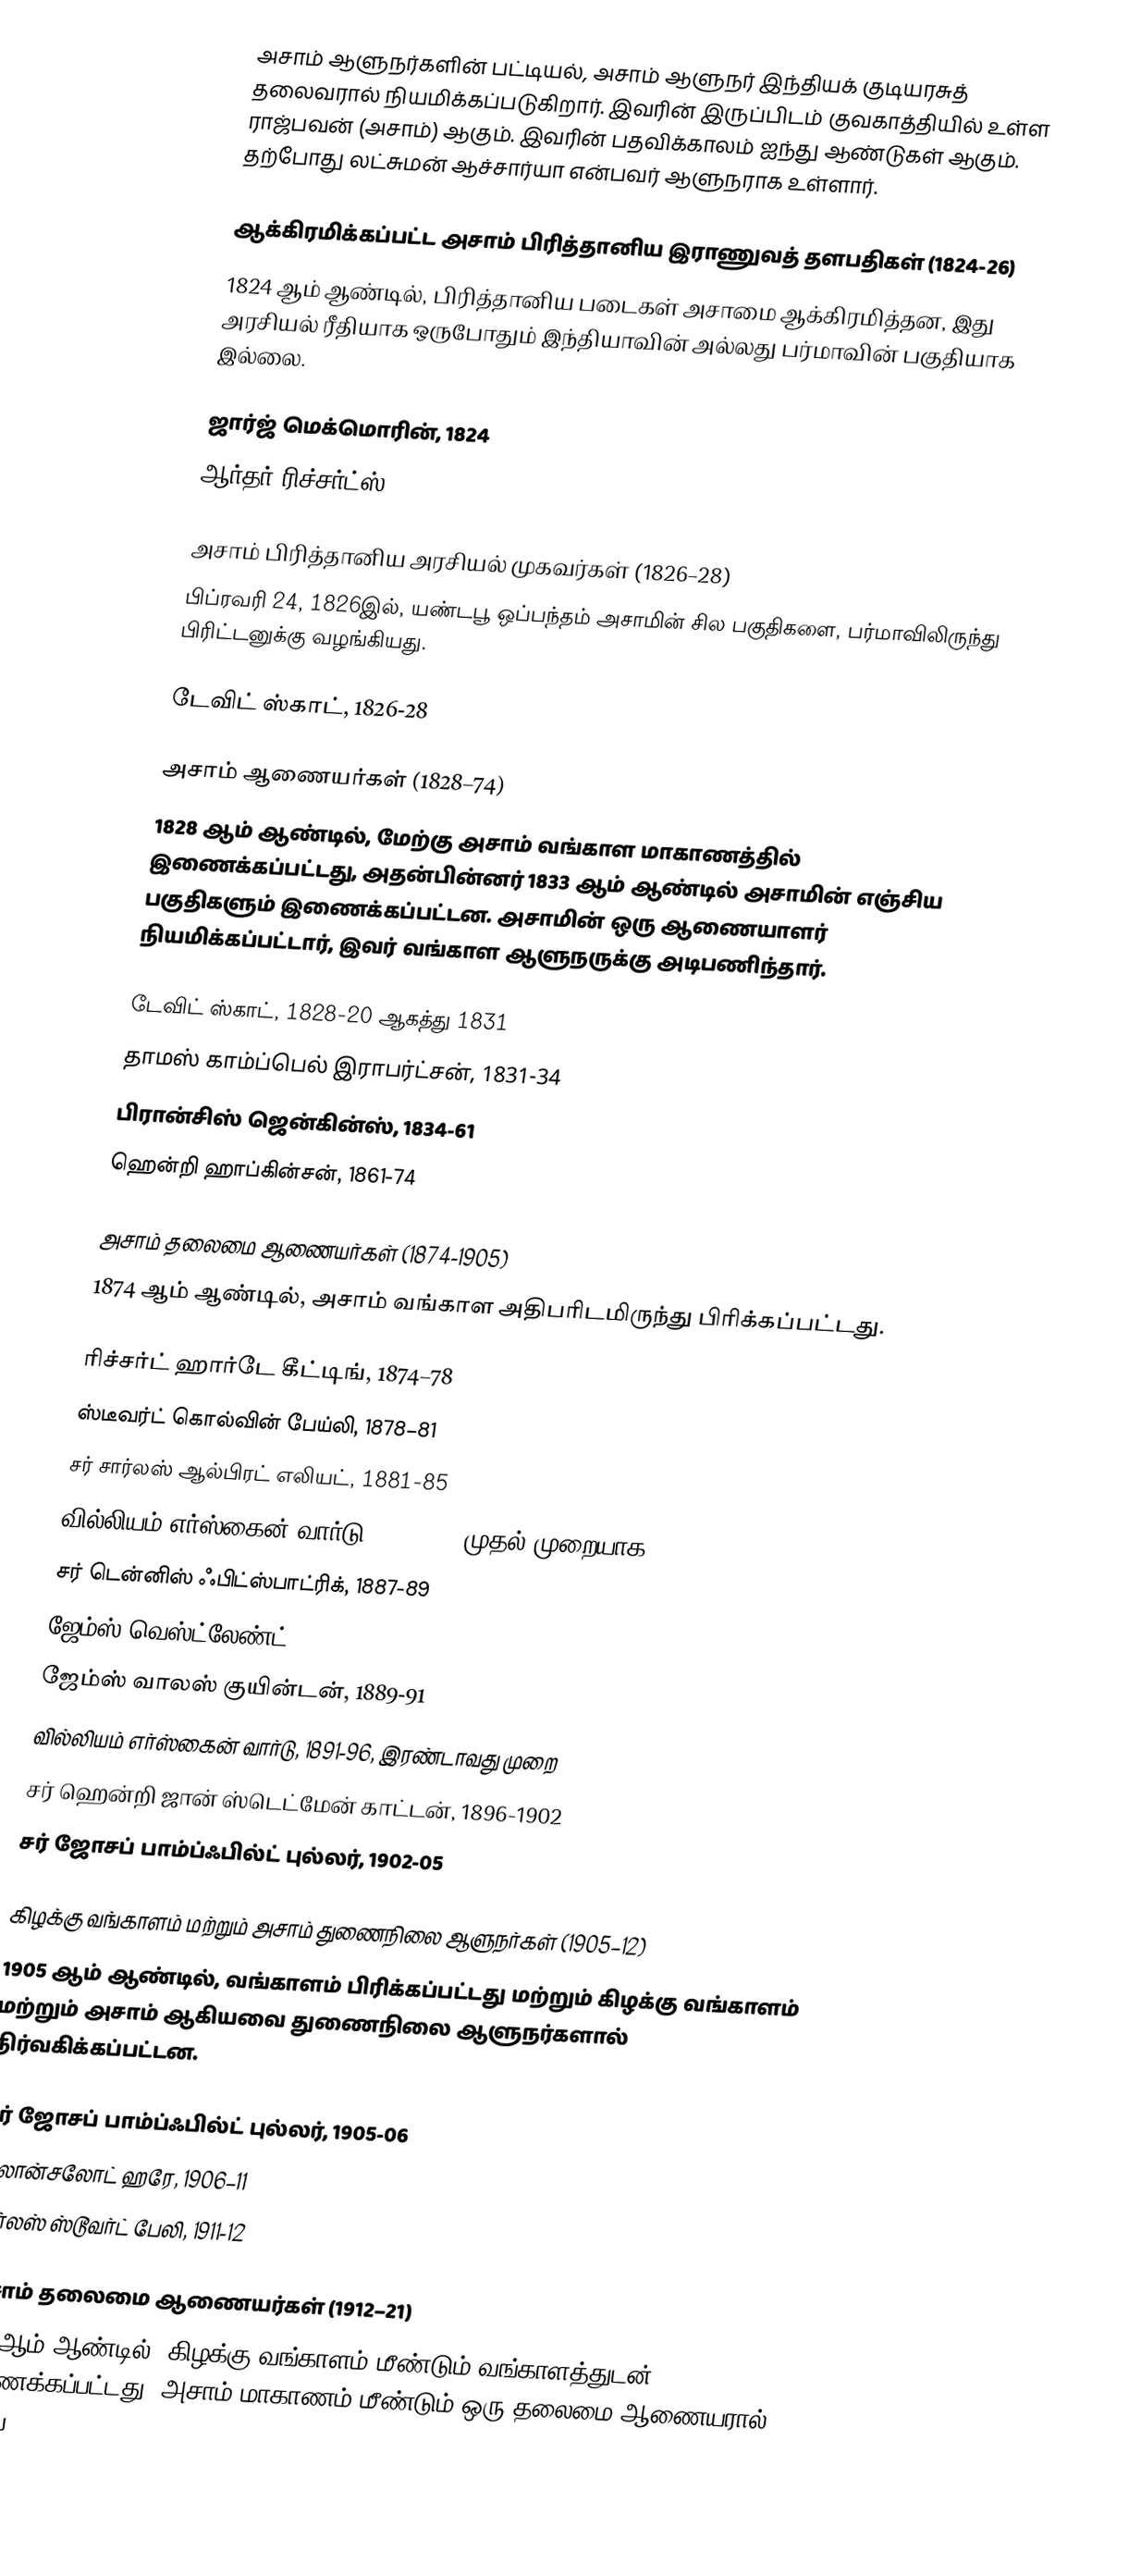
அசாம் ஆளுநர்களின் பட்டியல், அசாம் ஆளுநர் இந்தியக் குடியரசுத் தலைவரால் நியமிக்கப்படுகிறார். இவரின் இருப்பிடம் குவகாத்தியில் உள்ள ராஜ்பவன் (அசாம்) ஆகும். இவரின் பதவிக்காலம் ஐந்து ஆண்டுகள் ஆகும். தற்போது லட்சுமன் ஆச்சார்யா என்பவர் ஆளுநராக உள்ளார்.

ஆக்கிரமிக்கப்பட்ட அசாம் பிரித்தானிய இராணுவத் தளபதிகள் (1824-26)
1824 ஆம் ஆண்டில், பிரித்தானிய படைகள் அசாமை ஆக்கிரமித்தன, இது அரசியல் ரீதியாக ஒருபோதும் இந்தியாவின் அல்லது பர்மாவின் பகுதியாக இல்லை.

 ஜார்ஜ் மெக்மொரின், 1824
 ஆர்தர் ரிச்சர்ட்ஸ், 1824-26

அசாம் பிரித்தானிய அரசியல் முகவர்கள் (1826–28)
பிப்ரவரி 24, 1826இல், யண்டபூ ஒப்பந்தம் அசாமின் சில பகுதிகளை, பர்மாவிலிருந்து பிரிட்டனுக்கு வழங்கியது.

 டேவிட் ஸ்காட், 1826-28

அசாம் ஆணையர்கள் (1828–74)
1828 ஆம் ஆண்டில், மேற்கு அசாம் வங்காள மாகாணத்தில் இணைக்கப்பட்டது, அதன்பின்னர் 1833 ஆம் ஆண்டில் அசாமின் எஞ்சிய பகுதிகளும் இணைக்கப்பட்டன. அசாமின் ஒரு ஆணையாளர் நியமிக்கப்பட்டார், இவர் வங்காள ஆளுநருக்கு அடிபணிந்தார்.

 டேவிட் ஸ்காட், 1828-20 ஆகத்து 1831
 தாமஸ் காம்ப்பெல் இராபர்ட்சன், 1831-34
 பிரான்சிஸ் ஜென்கின்ஸ், 1834-61
 ஹென்றி ஹாப்கின்சன், 1861-74

அசாம் தலைமை ஆணையர்கள் (1874-1905)
1874 ஆம் ஆண்டில், அசாம் வங்காள அதிபரிடமிருந்து பிரிக்கப்பட்டது.

 ரிச்சர்ட் ஹார்டே கீட்டிங், 1874–78
 ஸ்டீவர்ட் கொல்வின் பேய்லி, 1878–81
 சர் சார்லஸ் ஆல்பிரட் எலியட், 1881-85
 வில்லியம் எர்ஸ்கைன் வார்டு, 1885-87, முதல் முறையாக
 சர் டென்னிஸ் ஃபிட்ஸ்பாட்ரிக், 1887-89
 ஜேம்ஸ் வெஸ்ட்லேண்ட், 1889
 ஜேம்ஸ் வாலஸ் குயின்டன், 1889-91
 வில்லியம் எர்ஸ்கைன் வார்டு, 1891-96, இரண்டாவது முறை
 சர் ஹென்றி ஜான் ஸ்டெட்மேன் காட்டன், 1896-1902
 சர் ஜோசப் பாம்ப்ஃபில்ட் புல்லர், 1902-05

கிழக்கு வங்காளம் மற்றும் அசாம் துணைநிலை ஆளுநர்கள் (1905–12)
1905 ஆம் ஆண்டில், வங்காளம் பிரிக்கப்பட்டது மற்றும் கிழக்கு வங்காளம் மற்றும் அசாம் ஆகியவை துணைநிலை ஆளுநர்களால் நிர்வகிக்கப்பட்டன.

 சர் ஜோசப் பாம்ப்ஃபில்ட் புல்லர், 1905-06
 இலான்சலோட் ஹரே, 1906–11
 சார்லஸ் ஸ்டூவர்ட் பேலி, 1911-12

அசாம் தலைமை ஆணையர்கள் (1912–21)
1912 ஆம் ஆண்டில், கிழக்கு வங்காளம் மீண்டும் வங்காளத்துடன் இணைக்கப்பட்டது, அசாம் மாகாணம் மீண்டும் ஒரு தலைமை ஆணையரால் ஆளப